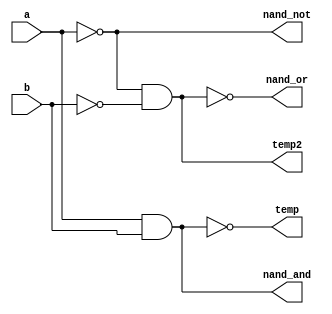
`timescale 1ns / 1ps
//////////////////////////////////////////////////////////////////////////////////
// Company:        Code-Tronix
// 
// Design Name:    Universal Gates - NAND
// Module Name:    UG 
// Project Name: 
// Target Devices: 
// Tool versions: 
// Description: 
//
// Dependencies: 
//
// Revision: 4 
// Revision 0.01 - File Created
// Additional Comments: 
//
//////////////////////////////////////////////////////////////////////////////////

//NAND Gate Module
module nand_ug(a,b, nand_and,nand_or,nand_not,temp,temp2);
    input a,b;
    output nand_and,nand_or,nand_not,temp,temp2;	
	 assign temp=~(a&b);
	 assign nand_and=~temp;
	 assign temp2=(~a&~a)&(~b&~b);
	 assign nand_or=~temp2;
	 assign nand_not=~a&~a;
endmodule

//Testbench Module
module tb();
	reg ta,tb;
	wire tnand_and,tnand_or,tnand_not;
	nand_ug uut(.a(ta),.b(tb),.nand_and(tnand_and),.nand_or(tnand_or),.nand_not(tnand_not));
	initial
	begin
		ta=0; tb=0; #10;
		ta=0; tb=1; #10;
		ta=1; tb=0; #10;
		ta=1; tb=1; #10;
	end
endmodule